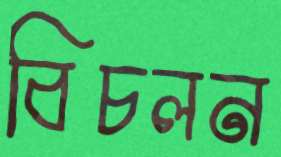
বিচলন